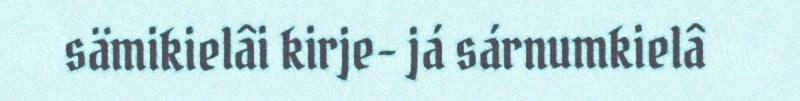
sämikielâi kirje- já sárnumkielâ